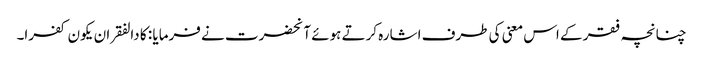
چنانچہ فقر کے اس معنی کی طرف اشارہ کرتے ہوئے آنحضرت نے فرمایا : کا دالفقر ان یکون کفرا۔